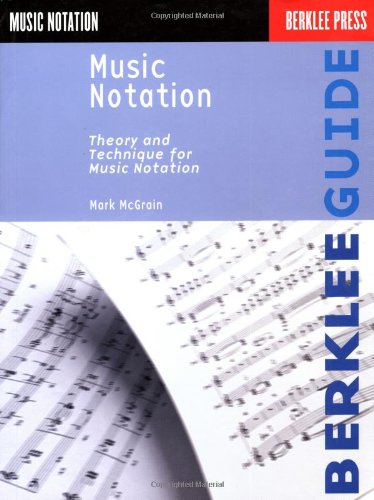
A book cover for Music Notation (Berklee Guide); Mark McGrain; Arts & Photography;